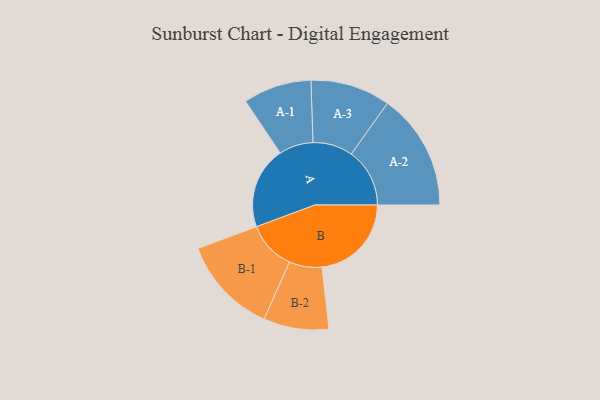
{"axis": {"x": "Segment", "y": "Value"}, "legend": ["", "A", "B"], "data": [{"x": "A", "y": 359, "type": ""}, {"x": "B", "y": 392, "type": ""}, {"x": "A-1", "y": 150, "type": "A"}, {"x": "A-2", "y": 256, "type": "A"}, {"x": "A-3", "y": 175, "type": "A"}, {"x": "B-1", "y": 214, "type": "B"}, {"x": "B-2", "y": 143, "type": "B"}]}